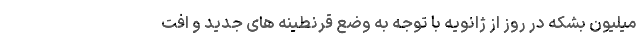
میلیون بشکه در روز از ژانویه با توجه به وضع قرنطینه های جدید و افت